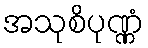
အသုစိပုဏ္ဏံ